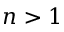
n > 1